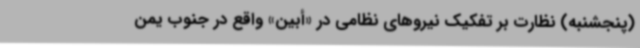
(پنجشنبه) نظارت بر تفکیک نیروهای نظامی در «أبین» واقع در جنوب یمن